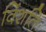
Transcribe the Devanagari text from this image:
विंशतिः